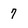
Character: 7